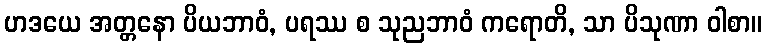
ဟဒယေ အတ္တနော ပိယဘာဝံ, ပရဿ စ သုညဘာဝံ ကရောတိ, သာ ပိသုဏာ ဝါစာ။